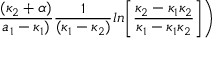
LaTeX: { \frac { ( \kappa _ { 2 } + \alpha ) } { a _ { 1 } - \kappa _ { 1 } ) } } { \frac { 1 } { ( \kappa _ { 1 } - \kappa _ { 2 } ) } } l n \biggl [ { \frac { \kappa _ { 2 } - \kappa _ { 1 } \kappa _ { 2 } } { \kappa _ { 1 } - \kappa _ { 1 } \kappa _ { 2 } } } \biggr ] \biggr )